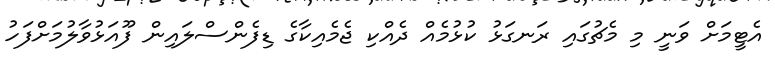
އެޓީމަށް ވަނީ މި މެޗުގައި ރަނގަޅު ކުޅުމެއް ދެއްކި ޖެމެއިކާގެ ޑިފެންސްލައިން ފޫއަޅުވާލުމަށްފަހު